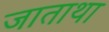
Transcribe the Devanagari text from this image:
जाताथा